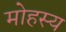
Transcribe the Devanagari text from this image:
मोहस्य